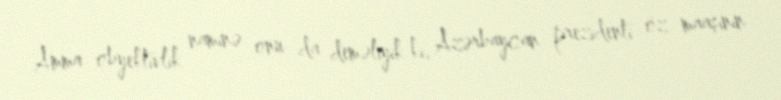
Amma obyektivlik naminə onu da deməliyik ki, Azərbaycan prezidenti öz maaşının